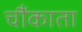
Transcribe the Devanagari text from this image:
चौंकाता